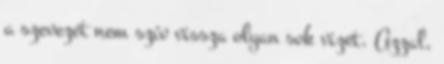
a szevezet nem szív vissza olyan sok vizet. Azzal,